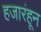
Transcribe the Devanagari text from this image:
हजारंहून